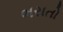
ભરાતો